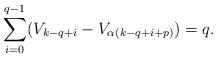
LaTeX: \begin{align*}\sum_{i=0}^{q-1}(V_{k-q+i}-V_{\alpha(k-q+i+p)})=q.\end{align*}